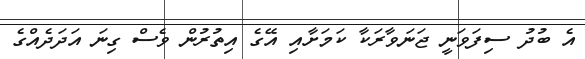
އެ ބުދު ސިފަވަނީ ޖަނަވާރަކާ ކަމަށާއި އޭގެ އިތުރުން ވެސް ގިނަ އަދަދެއްގެ